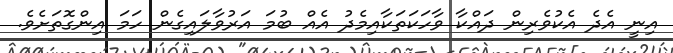
އިނީ އެދެ އެކުވެރިން ދައްކާ ވާހަކަތަކާއިމެދު އެއް ބުމަ އަރުވާލައިގެން ހަމަ އިންގޮތަށެވެ.